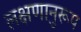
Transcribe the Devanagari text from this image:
लक्षणानुरूप